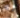
له